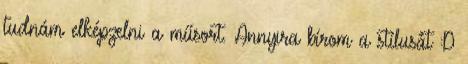
tudnám elképzelni a műsort. Annyira bírom a stílusát :D